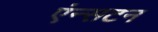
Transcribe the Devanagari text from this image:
एंन्सटन